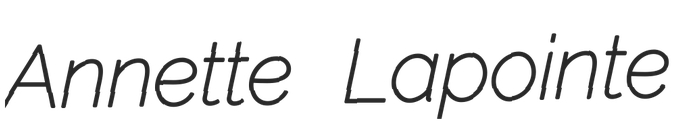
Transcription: Annette Lapointe